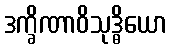
ဒက္ခိဏာဝိသုဒ္ဓိယော